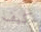
كيف